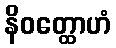
နိဝတ္ထောဟံ